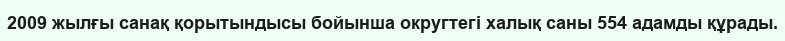
2009 жылғы санақ қорытындысы бойынша округтегі халық саны 554 адамды құрады.